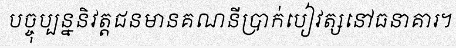
បច្ចុប្បន្ននិវត្តជនមានគណនីប្រាក់បៀវត្សនៅធនាគារ។